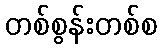
တစ်စွန်းတစ်စ